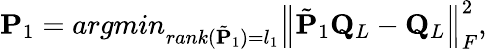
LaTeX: \mathbf{P}_{1}=argmin_{rank(\tilde{\mathbf{P}}_{1})=l_{1}}\left\lVert\tilde{\mathbf{P}}_{1}\mathbf{Q}_{L}-\mathbf{Q}_{L}\right\rVert_{F}^{2},